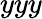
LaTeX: yyy